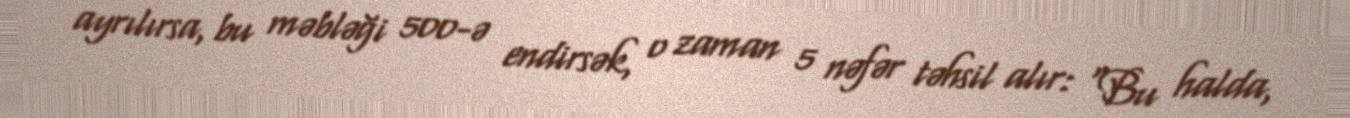
ayrılırsa, bu məbləği 500-ə endirsək, o zaman 5 nəfər təhsil alır: "Bu halda,